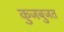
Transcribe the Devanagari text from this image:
कुजबुजत